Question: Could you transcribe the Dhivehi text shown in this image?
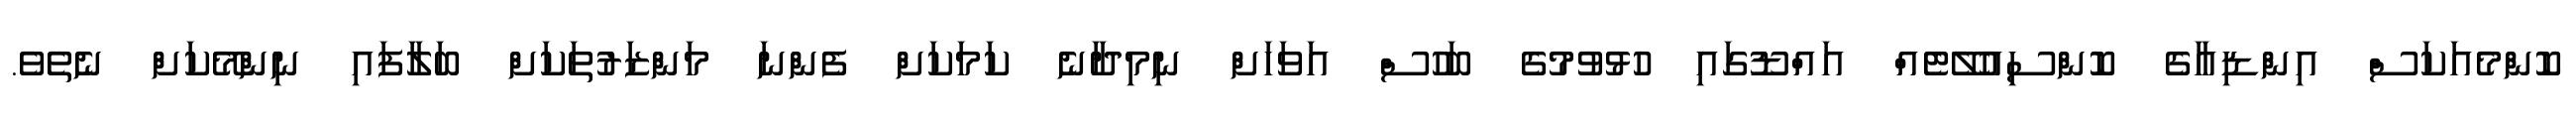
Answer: ކޮންމެއަކަސް އިންޑިއާގެ ކޮންސިއުލޭޓެއް އައްޑޫގައި ހުޅުވުމުގެ ބަހުސް އަވަހަށް ނިމިދާނެ ކަމަކަށް ފެންނަ މަންޒަރުތަކަށް ބަލާފައި ނިންމޭކަށް ނެތެވެ.